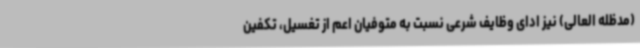
(مدظله العالی) نیز ادای وظایف شرعی نسبت به متوفیان اعم از تغسیل، تکفین